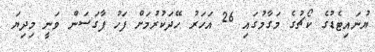
ޔުނައިޓެޑުގެ ކޯޗުގެ މަގާމުގައި 26 އަހަރު ހޭދަކުރުމަށް ފަހު ފާގަސަން ވަނީ މިދިޔަ